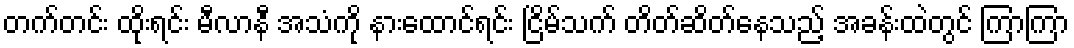
တက်တင်း ထိုးရင်း မီလာနီ အသံကို နားထောင်ရင်း ငြိမ်သက် တိတ်ဆိတ်နေသည့် အခန်းထဲတွင် ကြာကြာ